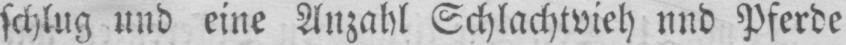
schlug und eine Anzahl Schlachtvieh und Pferde